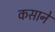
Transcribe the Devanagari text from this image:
कसाने